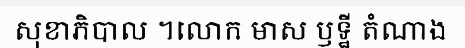
សុខាភិបាល ។លោក មាស ឫទ្ឋី តំណាង